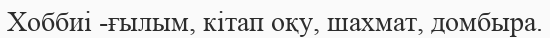
Хоббиі -ғылым, кітап оқу, шахмат, домбыра.